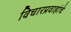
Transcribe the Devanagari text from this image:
विचारप्रवाहांचे